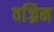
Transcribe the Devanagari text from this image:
वज्रिन